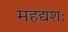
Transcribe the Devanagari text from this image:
महद्यशः